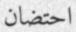
احتضان